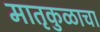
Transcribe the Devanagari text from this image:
मातृकुळाचा